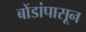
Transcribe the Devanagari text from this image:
बोंडांपासून